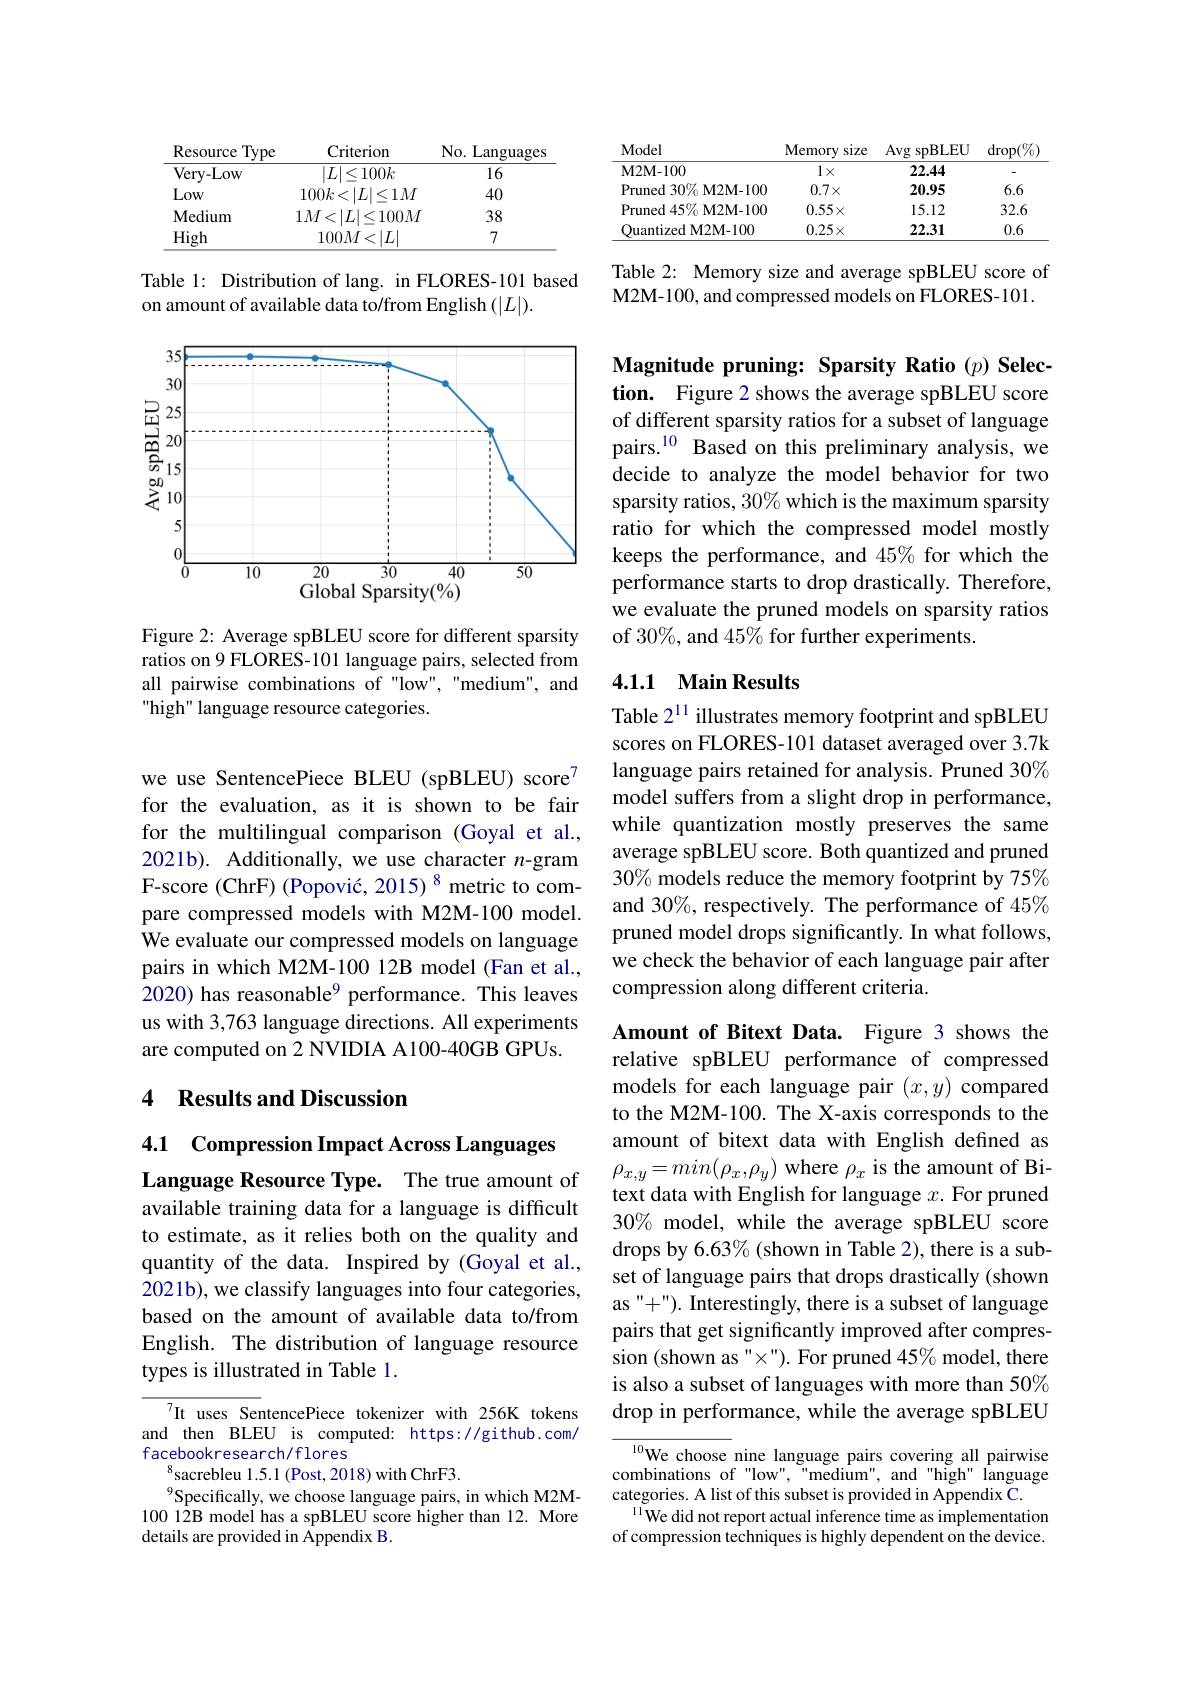
<table>
	<tbody>
		<tr>
			<th>Model</th>
			<th>Memory size</th>
			<th>Avg spBLEU</th>
			<th>$\operatorname{drop}(\%)$</th>
		</tr>
		<tr>
			<td>M2M-100</td>
			<td>$1\times$</td>
			<td>22.44</td>
			<td>-</td>
		</tr>
		<tr>
			<td>Pruned 30% M2M-100</td>
			<td>$0.7\times$</td>
			<td>20.95</td>
			<td>6.6</td>
		</tr>
		<tr>
			<td>Pruned 45% M2M-100</td>
			<td>$0.55\times$</td>
			<td>15.12</td>
			<td>32.6</td>
		</tr>
		<tr>
			<td>Ouantized M2M- 100</td>
			<td>$0.25\times$</td>
			<td>22.31</td>
			<td>0.6</td>
		</tr>
	</tbody>
</table>

Table 2: Memory size and average spBLEU score of M2M-100, and compressed models on FLORES-101.

<table>
	<tbody>
		<tr>
			<th>Resource Type</th>
			<th>Criteriom</th>
			<th>No. Languages</th>
		</tr>
		<tr>
			<td>Very- Low</td>
			<td>$|L|\leq100k$</td>
			<td>16</td>
		</tr>
		<tr>
			<td>Low</td>
			<td>$100k<|L|\leq1M$</td>
			<td>40</td>
		</tr>
		<tr>
			<td>Medium</td>
			<td>$1M<|L|\leq100M$</td>
			<td>38</td>
		</tr>
		<tr>
			<td>High</td>
			<td>$100M<|L$</td>
			<td>7</td>
		</tr>
	</tbody>
</table>

Table 1: Distribution of lang. in FLORES-101 based
on amount of available data to/from English $(|L|).$

<FigureHere>

Figure 2: Average spBLEU score for different sparsity ratios on 9 FLORES-101 language pairs, selected from all pairwise combinations of "low", "medium", and high" language resource categories.

we use SentencePiece BLEU (spBLEU) score7 for the evaluation, as it is shown to be fair for the multilingual comparison (Goyal et al., 2021b). Additionally, we use character $n$-gram F-score (ChrF) (Popović, 2015) 8 metric to compare compressed models with M2M-100 model. We evaluate our compressed models on language pairs in which M2M-100 12B model (Fan et al., 2020) has reasonable$^{9}$ performance. This leaves us with 3,763 language directions. All experiments are computed on 2 NVIDIA A100-40GB GPUs.

## 4 Results and Discussion

4.1 Compression Impact Across Languages

Language Resource Type. The true amount of available training data for a language is difficult to estimate, as it relies both on the quality and quantity of the data. Inspired by (Goyal et al., 2021b), we classify languages into four categories, based on the amount of available data to/from English. The distribution of language resource types is illustrated in Table 1.

It uses SentencePiece tokenizer with 256K tokens and then BLEU is computed: https://github.com/ facebookresearch/flores
$^{8}$sacrebleu 1.5.1 (Post, 2018) with ChrF3.
Specifically, we choose language pairs, in which M2M- 100 12B model has a spBLEU score higher than 12. More details are provided in Appendix B.

Magnitude pruning: Sparsity Ratio (p) Selection. Figure 2 shows the average spBLEU score of different sparsity ratios for a subset of language pairs.$^{10}$ Based on this preliminary analysis, we decide to analyze the model behavior for two sparsity ratios, 30% which is the maximum sparsity ratio for which the compressed model mostly keeps the performance, and 45% for which the performance starts to drop drastically. Therefore, we evaluate the pruned models on sparsity ratios of 30%, and 45% for further experiments.

### 4.1.1 Main Results

Table 2$^{11}$ illustrates memory footprint and spBLEU scores on FLORES-101 dataset averaged over 3.7k language pairs retained for analysis. Pruned 30% model suffers from a slight drop in performance, while quantization mostly preserves the same average spBLEU score. Both quantized and pruned 30% models reduce the memory footprint by 75% and 30%, respectively. The performance of 45% pruned model drops significantly. In what follows, we check the behavior of each language pair after compression along different criteria.

Amount of Bitext Data. Figure 3 shows the relative spBLEU performance of compressed models for each language pair $(x,y)$ compared to the M2M-100. The X-axis corresponds to the amount of bitext data with English defined as $\rho_{x,y}=min(\rho_{x},\rho_{y})$ where $\rho_{x}$ is the amount of Bitext data with English for language $x.$ For pruned 30% model, while the average spBLEU score drops by 6.63% (shown in Table 2), there is a subset of language pairs that drops drastically (shown as "'+"). Interestingly, there is a subset of language pairs that get significantly improved after compression (shown as "×"). For pruned 45% model, there is also a subset of languages with more than 50% drop in performance, while the average spBLEU

$\overline{{^{10}\text{We choose }}}$nine language pairs covering all pairwise combinations of "low", "medium", and "high" language categories. A list of this subset is provided in Appendix C.
$\bar{\text{We did not report actual inference time as implementation}}$ of compression techniques is highly dependent on the device.